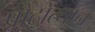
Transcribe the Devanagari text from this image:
प्रौढ़ोत्थान